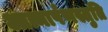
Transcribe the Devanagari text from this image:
आत्मार्पणस्तुति